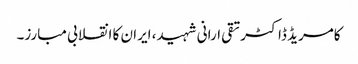
کامریڈ ڈاکٹرتقی ارانی شہید، ایران کا انقلابی مبارز۔